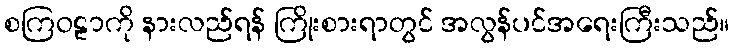
စကြဝဠာကို နားလည်ရန် ကြိုးစားရာတွင် အလွန်ပင်အရေးကြီးသည်။